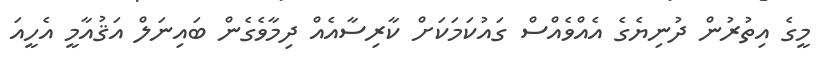
މީގެ އިތުރުން ދުނިޔެގެ އެއްވެއްސް ގައުކަމަކަށް ކާރިސާއެއް ދިމާވެގެން ބައިނަލް އަޤުއާމީ އެހީއަ